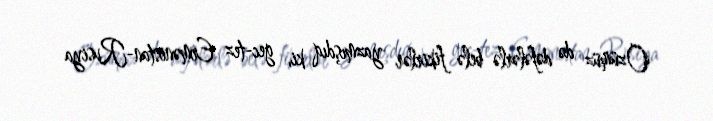
Özümüz də dəfələrlə belə fikirlər yazmışdıq ki, gec-tez Ermənistan-Rusiya